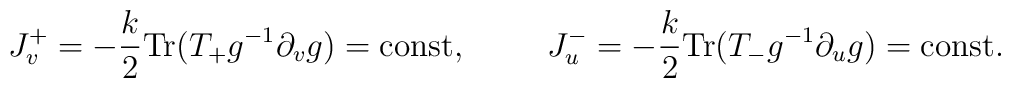
J^+_v = - {k \over 2} {\rm Tr}(T_+ g^{-1} \partial_v g)= \mbox{const},\hspace{1cm} J^-_u = - {k \over 2} {\rm Tr}(T_- g^{-1} \partial_u g)= \mbox{const}.